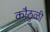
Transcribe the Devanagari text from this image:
कौठुळी